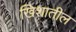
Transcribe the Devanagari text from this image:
खिशातील